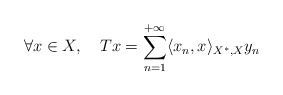
\begin{align*} \forall x \in X, \ \ \ Tx = \sum_{n=1}^{+\infty} \langle x_n,x\rangle_{X^*,X} y_n\end{align*}